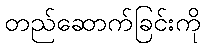
တည်ဆောက်ခြင်းကို